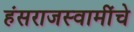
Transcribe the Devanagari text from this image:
हंसराजस्वामींचे